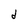
Character: d